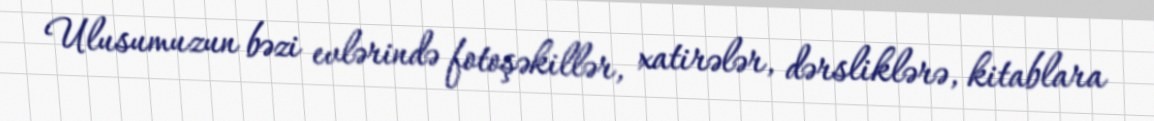
Ulusumuzun bəzi evlərində fotoşəkillər, xatirələr, dərsliklərə, kitablara